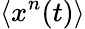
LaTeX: \langle x^{n}(t)\rangle